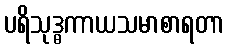
ပရိသုဒ္ဓကာယသမာစာရတာ